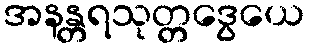
အနန္တရသုတ္တဒွေယေ